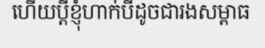
ហើយប្តីខ្ញុំហាក់បីដូចជារងសម្ពាធ